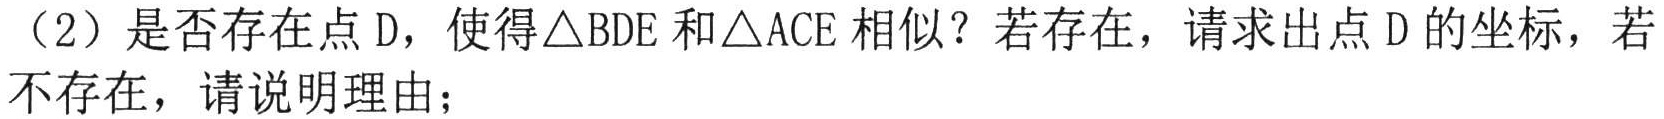
（2）是否存在点\(D\)，使得\(\triangle BDE\)和\(\triangle ACE\)相似？若存在，请求出点\(D\)的坐标，若不存在，请说明理由；